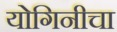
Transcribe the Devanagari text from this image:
योगिनीचा